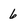
Character: 6